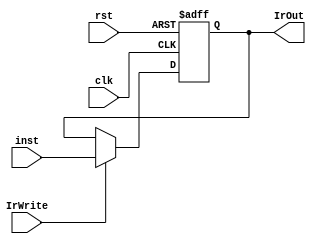
`timescale 1ns/1ns
module IrReg (clk, rst, inst, IrWrite, IrOut);
  input [7:0] inst;
  input clk, rst, IrWrite;
  output reg [7:0] IrOut;
  always@(posedge clk, posedge rst) begin
    if (rst)
      IrOut <= 8'b0;
    else if(IrWrite) 
      IrOut <= inst;
  end
endmodule